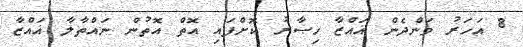
8 އަހަރު ވަންދެން ޣައްޒާ ހިޞާރު ކޮށްފައި އޮތް އޮތުން ނައްތާލާ ޣައްޒާ